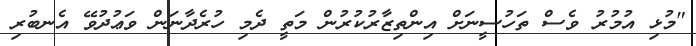
"މުޅި އުމުރު ވެސް ތަހުސީނަށް އިންތިޒާރުކުރުން މަތީ ދެމި ހުރެދާނަން ވަޢުދުވޭ އެނބުރި